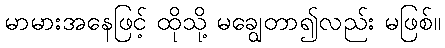
မာမားအနေဖြင့် ထိုသို့ မချွေတာ၍လည်း မဖြစ်။